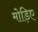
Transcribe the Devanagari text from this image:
मोड़िए